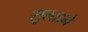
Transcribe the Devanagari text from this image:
सुल्ताने